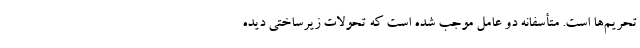
تحریم‌ها است. متأسفانه دو عامل موجب شده است که تحولات زیرساختی دیده